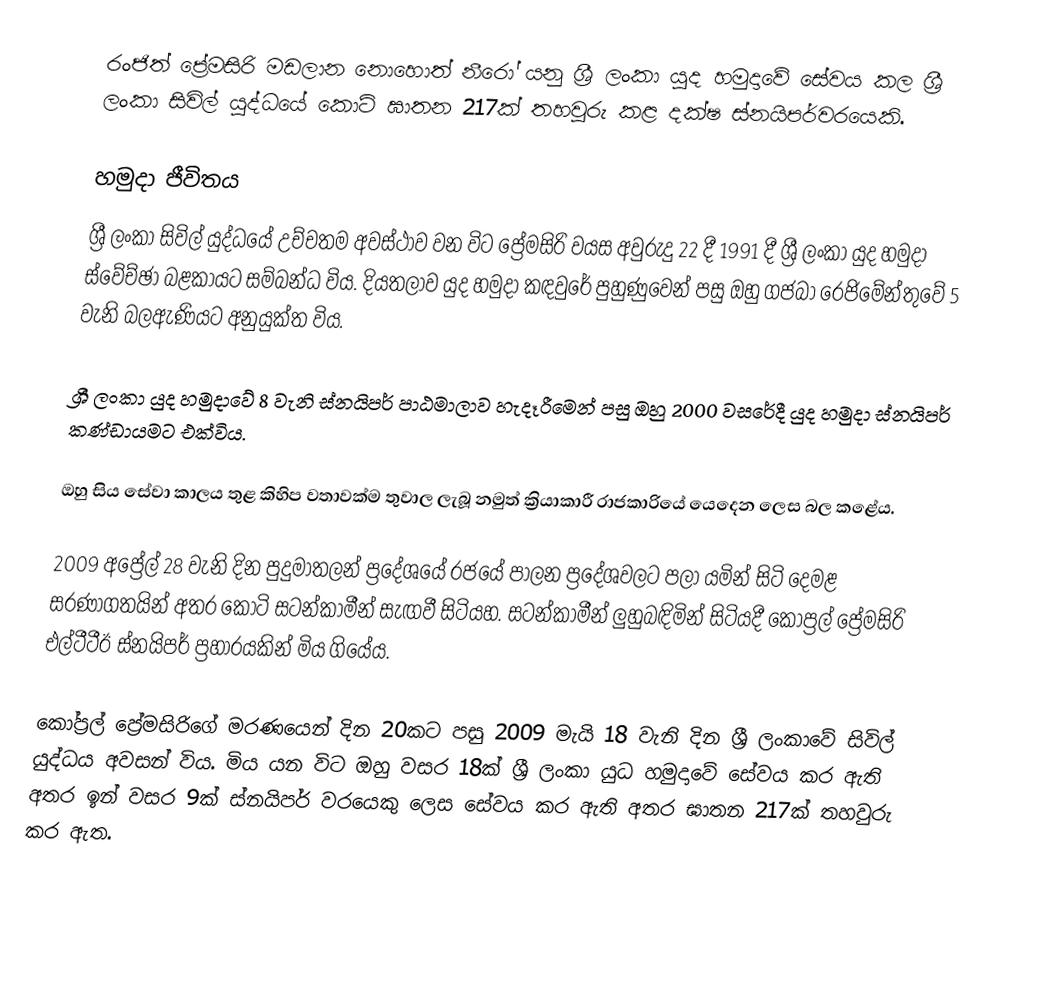
රංජිත් ප්‍රේමසිරි මඩලාන නොහොත් නීරෝ යනු ශ්‍රී ලංකා යුද හමුදාවේ සේවය කල ශ්‍රී ලංකා සිවිල් යුද්ධයේ කොටි ඝාතන 217ක් තහවුරු කළ දක්ෂ ස්නයිපර්වරයෙකි.

හමුදා ජීවිතය
ශ්‍රී ලංකා සිවිල් යුද්ධයේ උච්චතම අවස්ථාව වන විට ප්‍රේමසිරි වයස අවුරුදු 22 දී 1991 දී ශ්‍රී ලංකා යුද හමුදා ස්වේච්ඡා බළකායට සම්බන්ධ විය. දියතලාව යුද හමුදා කඳවුරේ පුහුණුවෙන් පසු ඔහු ගජබා රෙජිමේන්තුවේ 5 වැනි බලඇණියට අනුයුක්ත විය.

ශ්‍රී ලංකා යුද හමුදාවේ 8 වැනි ස්නයිපර් පාඨමාලාව හැදෑරීමෙන් පසු ඔහු 2000 වසරේදී යුද හමුදා ස්නයිපර් කණ්ඩායමට එක්විය.

ඔහු සිය සේවා කාලය තුළ කිහිප වතාවක්ම තුවාල ලැබූ නමුත් ක්‍රියාකාරී රාජකාරියේ යෙදෙන ලෙස බල කළේය.

2009 අප්‍රේල් 28 වැනි දින පුදුමාතලන් ප්‍රදේශයේ රජයේ පාලන ප්‍රදේශවලට පලා යමින් සිටි දෙමළ සරණාගතයින් අතර කොටි සටන්කාමීන් සැඟවී සිටියහ. සටන්කාමීන් ලුහුබඳිමින් සිටියදී කෝප්‍රල් ප්‍රේමසිරි එල්ටීටීඊ ස්නයිපර් ප්‍රහාරයකින් මිය ගියේය.

කෝප්‍රල් ප්‍රේමසිරිගේ මරණයෙන් දින 20කට පසු 2009 මැයි 18 වැනි දින ශ්‍රී ලංකාවේ සිවිල් යුද්ධය අවසන් විය. මිය යන විට ඔහු වසර 18ක් ශ්‍රී ලංකා යුධ හමුදාවේ සේවය කර ඇති අතර ඉන් වසර 9ක් ස්නයිපර් වරයෙකු ලෙස සේවය කර ඇති අතර ඝාතන 217ක් තහවුරු කර ඇත.